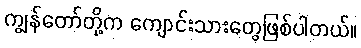
ကျွန်တော်တို့က ကျောင်းသားတွေဖြစ်ပါတယ်။